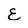
Character: E